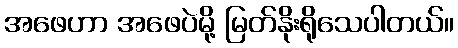
အဖေဟာ အဖေပဲမို့ မြတ်နိုးရိုသေပါတယ်။